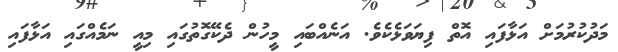
މަދުކުރުމަށް އަޅާފައި އޮތް ފިޔަވަޅެކެވެ. އަނެއްބައި މީހުން ދެކޭގޮތުގައި މިއީ ނަމެއްގައި އަޅާފައި